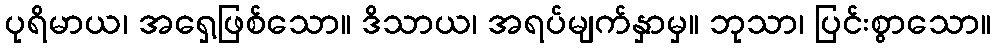
ပုရိမာယ၊ အရှေ့ဖြစ်သော။ ဒိသာယ၊ အရပ်မျက်နှာမှ။ ဘုသာ၊ ပြင်းစွာသော။